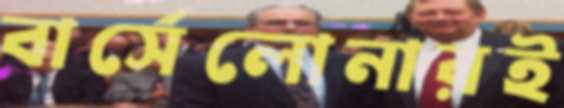
বার্সেলোনারই